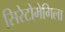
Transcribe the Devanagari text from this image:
सिरेटोमेगिला